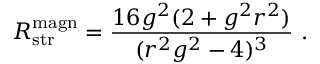
R _ { \mathrm { s t r } } ^ { \mathrm { m a g n } } = { \frac { 1 6 g ^ { 2 } ( 2 + g ^ { 2 } r ^ { 2 } ) } { ( r ^ { 2 } g ^ { 2 } - 4 ) ^ { 3 } } } \ .